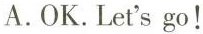
A.OK.Let's go !